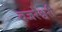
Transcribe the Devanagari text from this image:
वजरेश्वरी